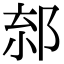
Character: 𨛧